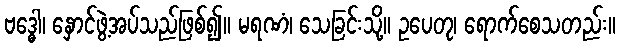
ဗဒ္ဓေါ၊ နှောင်ဖွဲ့အပ်သည်ဖြစ်၍။ မရဏံ၊ သေခြင်းသို့။ ဥပေတု၊ ရောက်စေသတည်း။